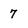
Character: 7